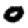
Digit: 0